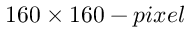
1 6 0 \times 1 6 0 - p i x e l